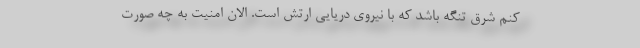
کنم شرق تنگه باشد که با نیروی دریایی ارتش است. الان امنیت به چه صورت